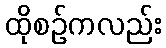
ထိုစဉ်ကလည်း